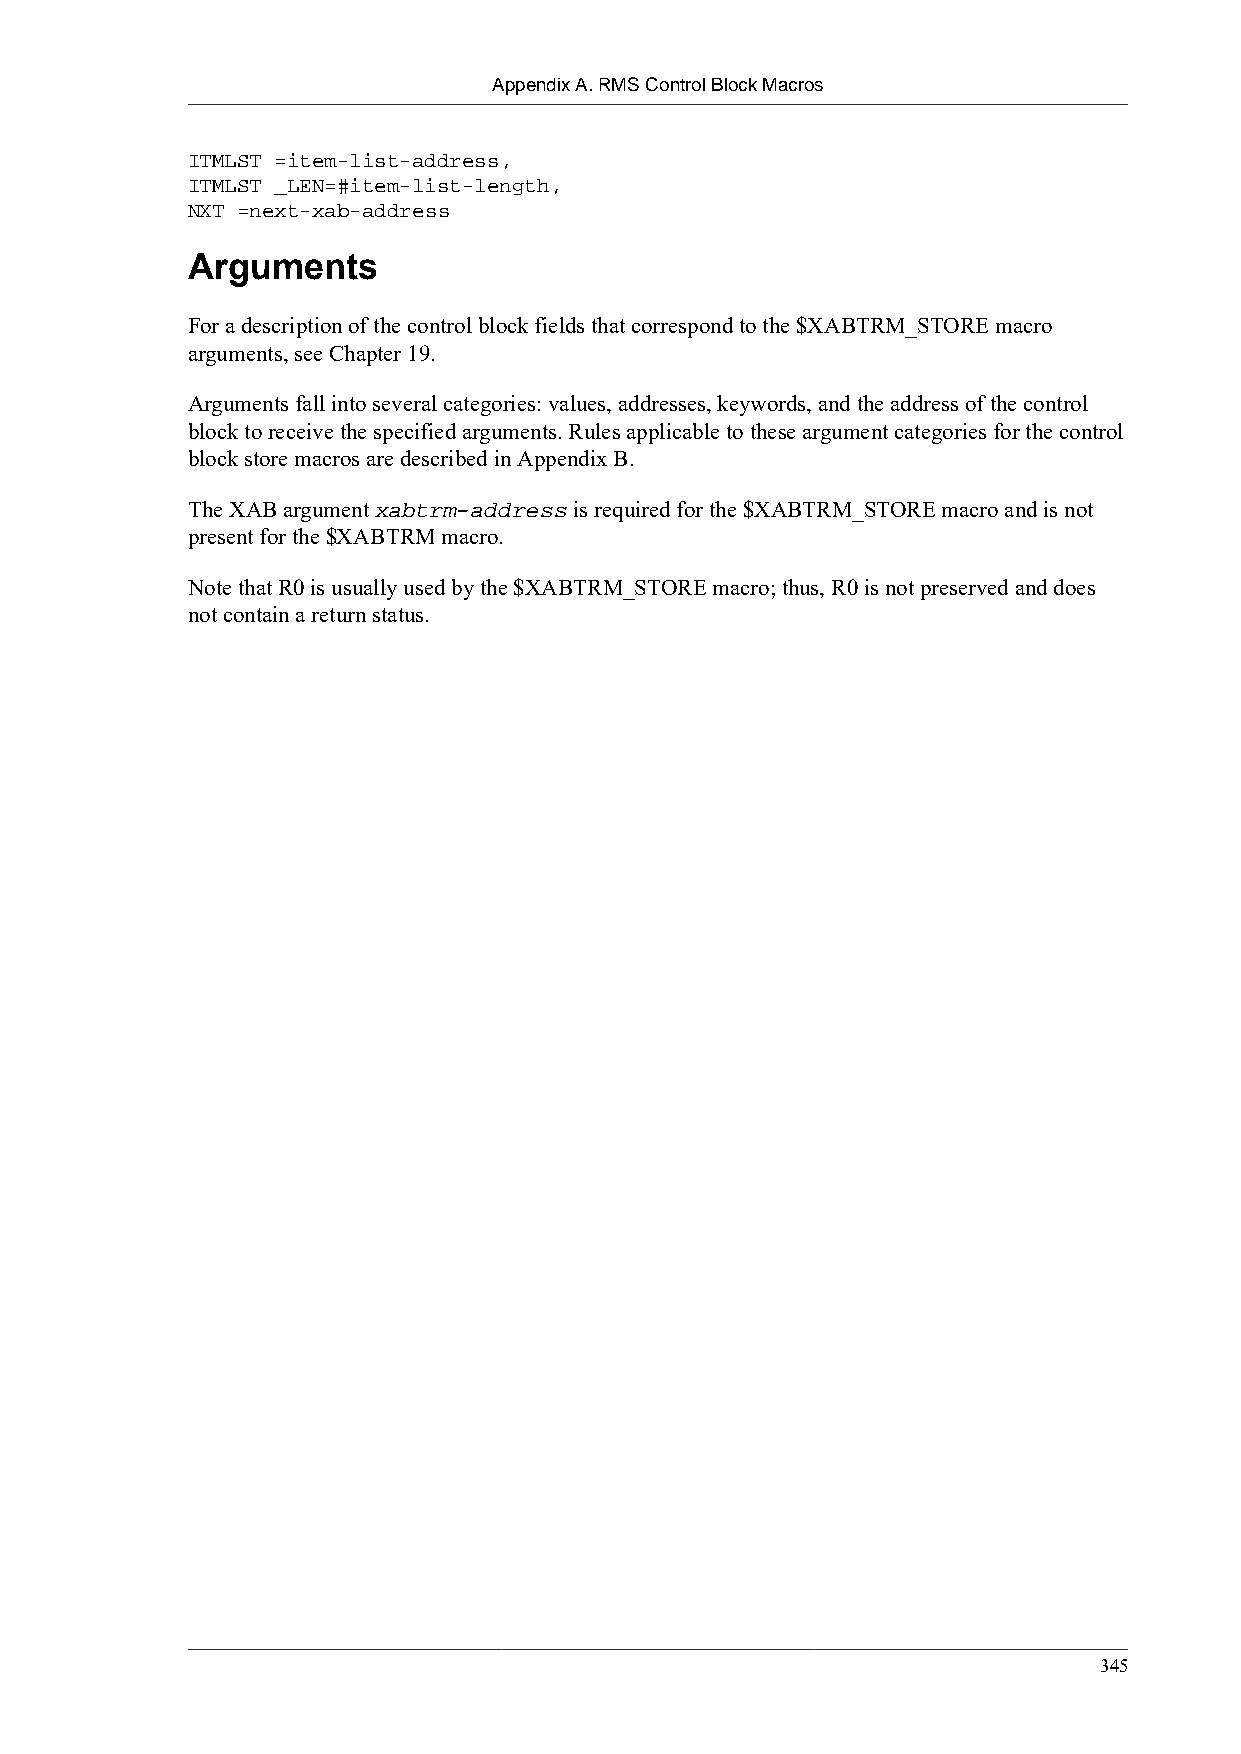
Appendix A. RMS Control Block Macros
 ITMLST =item-list-address,
 ITMLST _LEN=#item-list-length,
 NXT =next-xab-address
 Arguments
 For a description of the control block fields that correspond to the $XABTRM_STORE macro
 arguments, see Chapter 19.
 Arguments fall into several categories: values, addresses, keywords, and the address of the control
 block to receive the specified arguments. Rules applicable to these argument categories for the control
 block store macros are described in Appendix B.
 The XAB argument xabtrm-address is required for the $XABTRM_STORE macro and is not
 present for the $XABTRM macro.
 Note that R0 is usually used by the $XABTRM_STORE macro; thus, R0 is not preserved and does
 not contain a return status.
 345